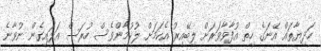
ހަދިޔާތައް އޭނަގެ ހިތް އުފާވާވަރަށް ލިބޭއިރު އެކަމަށް ލުކުމާންވެސް ހުރަސް އަޅައިގެން ނުވާނެ